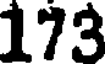
173